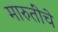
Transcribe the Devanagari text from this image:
मारुतींचे